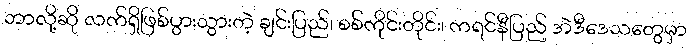
ဘာလို့ဆို လက်ရှိဖြစ်ပွားသွားတဲ့ ချင်းပြည်၊ စစ်ကိုင်းတိုင်း၊ ကရင်နီပြည် အဲဒီဒေသတွေမှာ